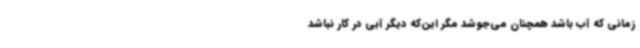
زمانی که آب ‌باشد همچنان می‌جوشد مگر این‌که دیگر آبی در کار نباشد